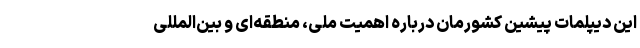
این دیپلمات پیشین کشورمان درباره اهمیت ملی، منطقه‌ای و بین‌المللی